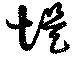
堤